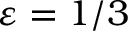
\varepsilon = 1 / 3